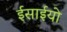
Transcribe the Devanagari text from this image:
ईसाईयो